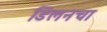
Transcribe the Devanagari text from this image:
डिलनचा